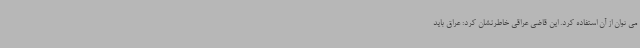
می توان از آن استفاده کرد. این قاضی عراقی خاطرنشان کرد: عراق باید